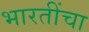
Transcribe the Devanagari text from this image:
भारतींचा